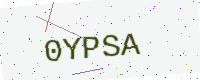
Text: 0YPSA